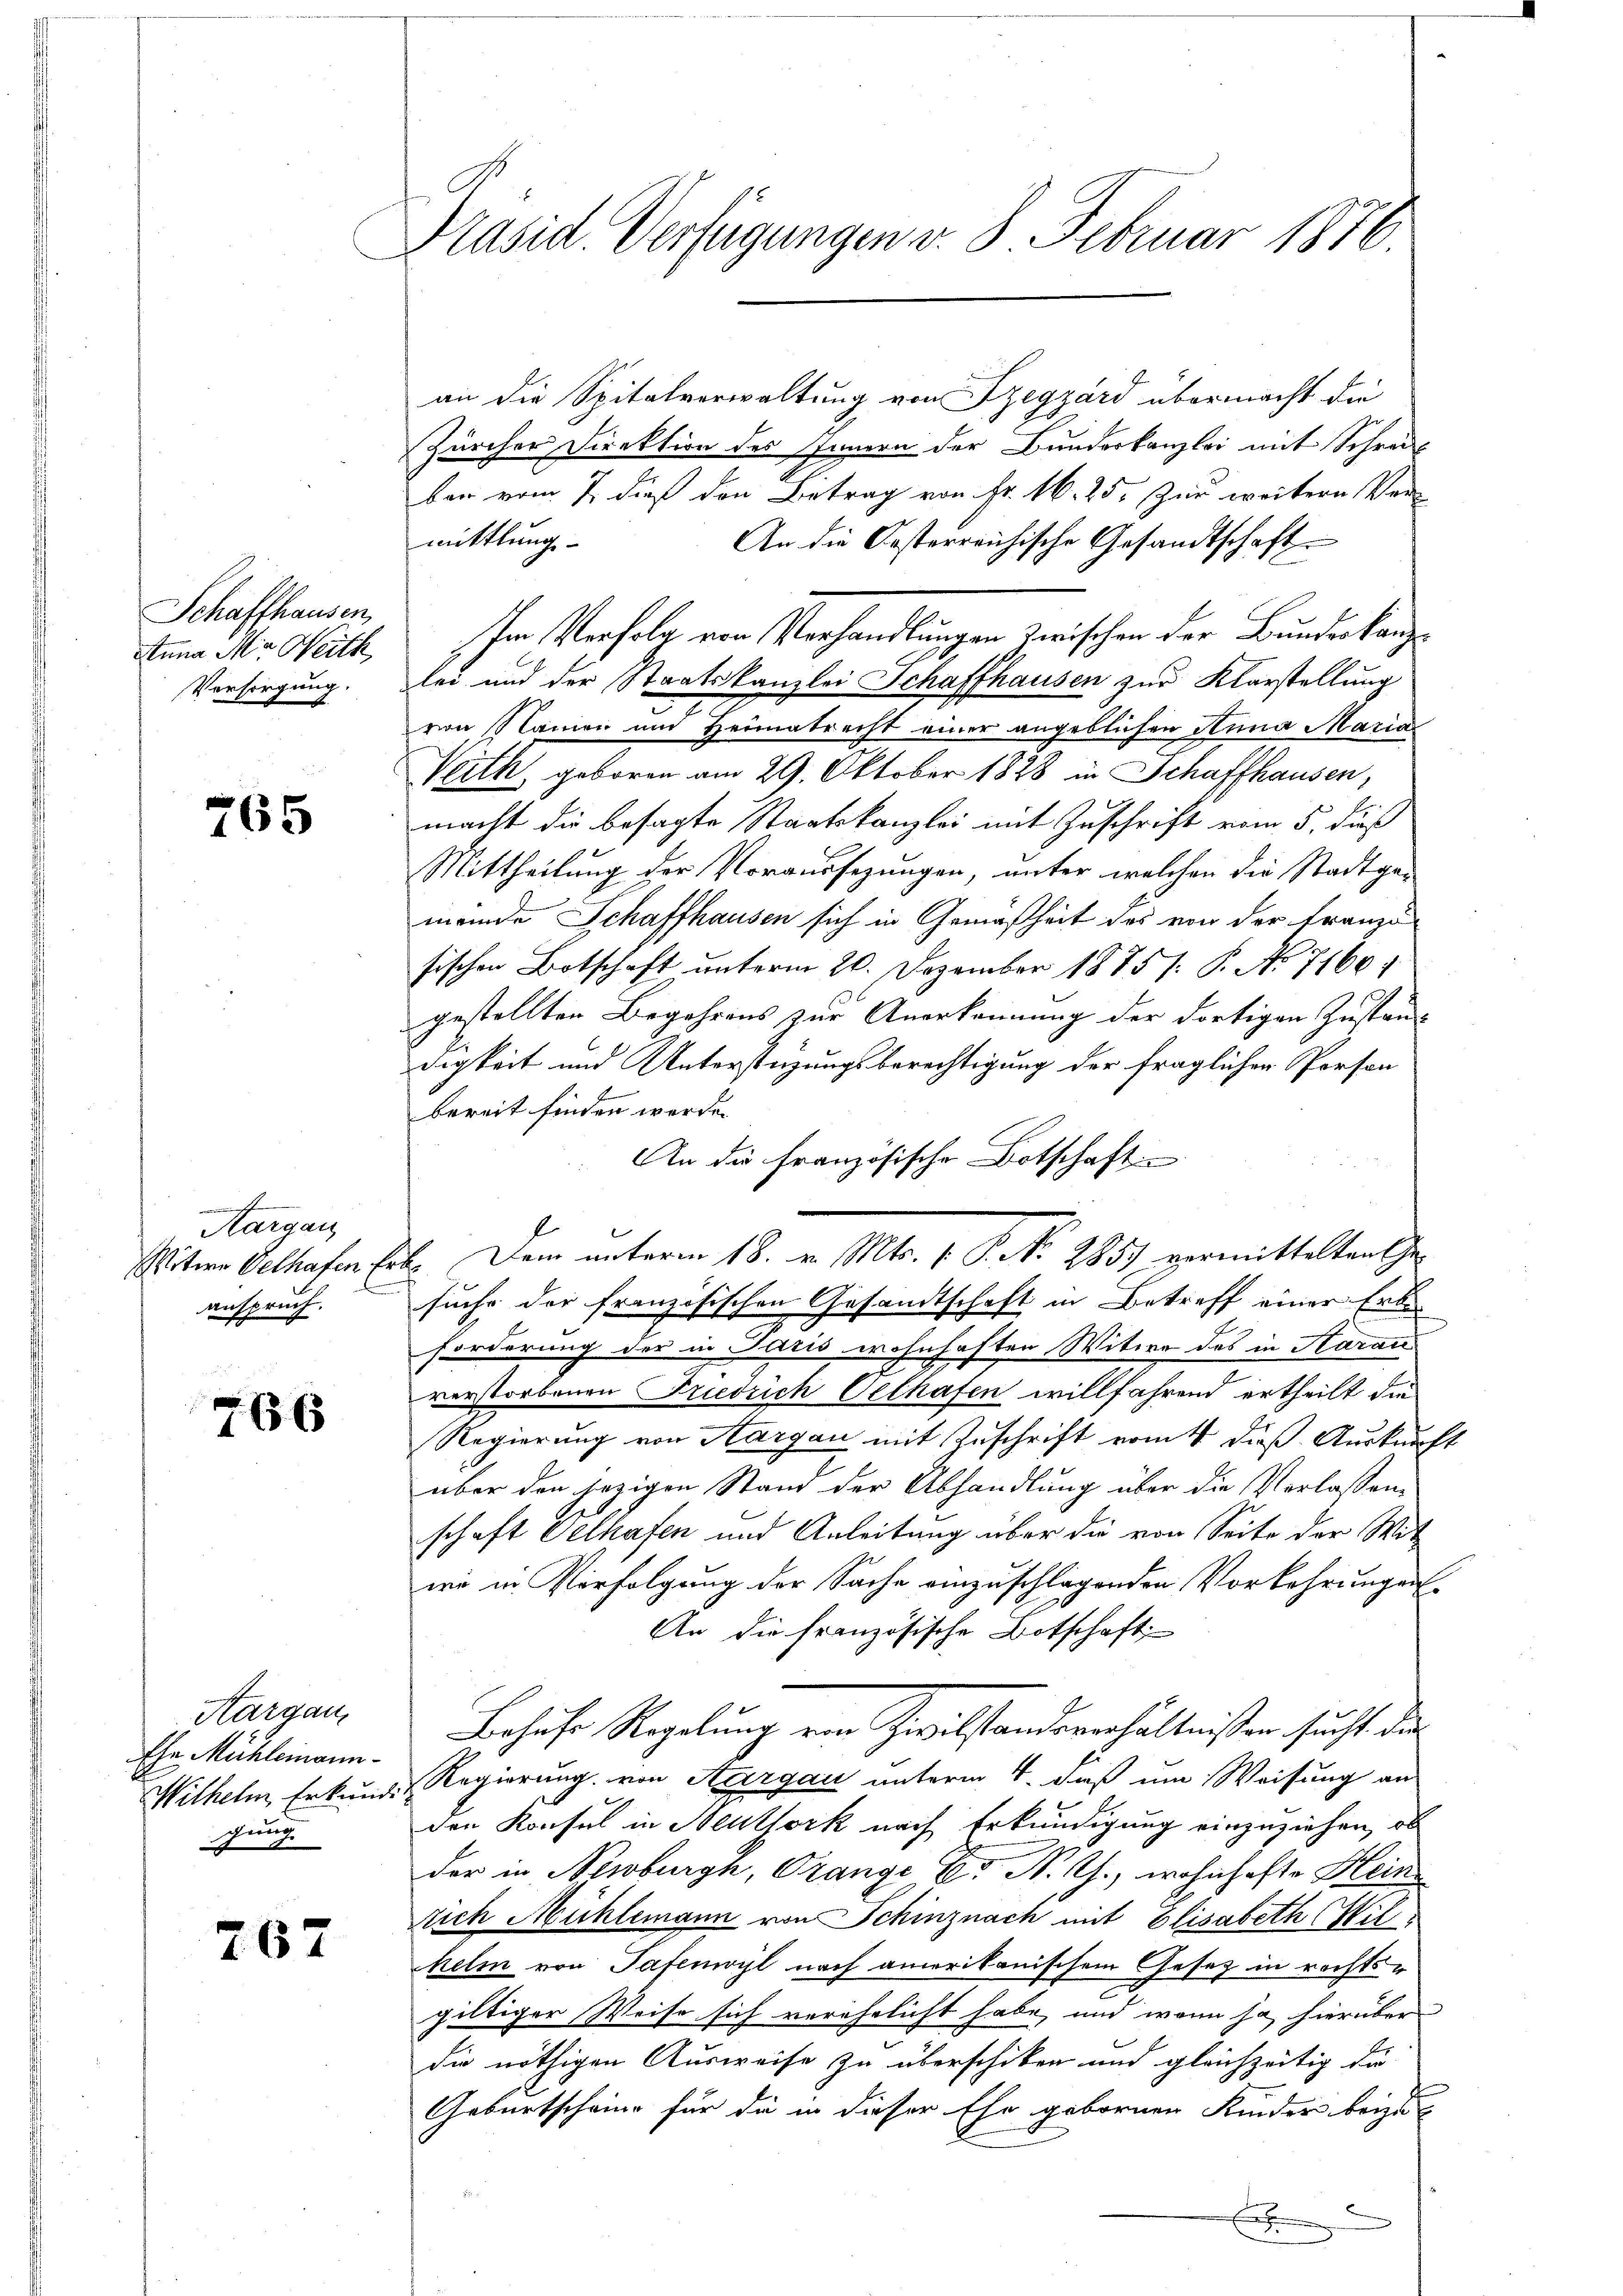
Schaffhausen,
Anna Mir Weith
Versorgung.

765

Margau
n
anspruch.

766

Aargau
Ehe Mühleinanngung

767

Präsid. Verfügungen v. 8. Februar 1876.

an die Spitalverwaltung von Szegzárd übermacht die
Zürcher Direktion des Innern der Bunderkanzlei mit Schrei
bar vom 7. dieß den Betrag von Fr. 16. 25. Zur weitere Ver-
mittlungs-
An die Oesterreichische Gesandtschaft
sher Verhalt von Verhandlungen zwischen der Bunden kan
bei und der Staatskanzlei Schaffhausen zur Klarstellung
von Namen und Heimatrecht einer angeblichen Anna Maria
Veith, geboren am 29. Oktober 1828 in Schaffhausen,
macht die besagte Staatskanzlei mit Zuschrift vom 5. dieß
Mittheilung der Voraussezungen, unter welchen die Stadtgemeinde Schaffhausen sich in Gemäßheit des von der Franzö
sischen Botschaft unterm 20. Dezember 1885/: P. No 71601
gestellten Begehrens zur Anerkennung der dortigen Zustan-
digkeit und Unterstüzungsberechtigung der fraglichen Person
bereit finden werde.
An die Französische Botschaften
Mitern Gothafen Feb. Dem unterm 18. v. Mts. v. P. No. 285. vermittelten Gesuche der französischen Gesandtschaft in Betreff einer Erbe
forderung der in Paris wohnhaften Witwe des in Aarau
verstorbenen Friedrich Oelhafen willfahrend ertheilt die
Regierung von Aargau mit Zuschrift vom 4. dieß Auskunft
über den jezigen Stand der Abhandlung über die Verlassen-
schaft Velhafen und Anleitung über die von Seite der Wit
wi in Verfolgung der Sache einzuschlagenden Vorkehrungen
An die französische Botschaft
Behufer Regelung ein Zivilstandsverhältnissen sucht die
Wilhelm Erkunde Regierung von Aargau unterm 4. daß um Weisung an
den Konsul in Neuthork nach Erkundigung einzuziehen, ob
der in Nerburg, Orange Er N. Ch., wohnhafte Heinr
rich Mühlemann von Schinznach mit Elisabeth (Mit
kelm von Tafemvyl nach amerikanischem Gesetz in rechts-
giltiger Weise sich verehelicht habe, und wenn ja, hierüber
die nöthigen Ausweise zu überschiken und gleichzeitig di
Geburtscheine für die in dieser Ehe gebornen Kinder beizu
d
x